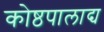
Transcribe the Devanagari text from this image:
कोष्ठपालाद्य